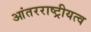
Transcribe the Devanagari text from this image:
आंतरराष्ट्रीयत्व